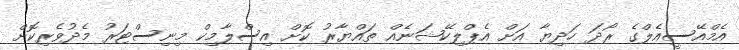
އެމްއޭސީއެލްގެ ރޯދަ ހަދިޔާ އަށް އެޕްލިކޭޝަނެއް ތައްޔާރު ކޮށް އިސްލާމިކް މިނިސްޓަރު މެދުވެރިކޮށް